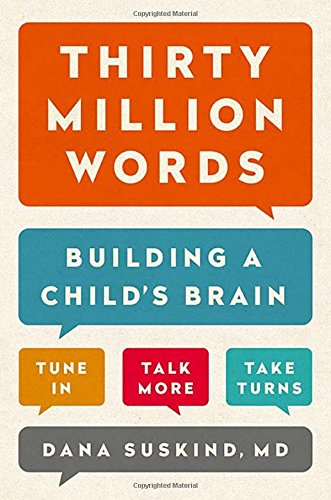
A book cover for Thirty Million Words: Building a Child's Brain; Dana Suskind; Parenting & Relationships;